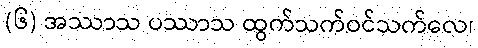
(၆) အဿာသ ပဿာသ ထွက်သက်ဝင်သက်လေ၊